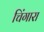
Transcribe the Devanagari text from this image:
चिंगारा